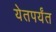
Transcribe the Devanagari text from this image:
येतपर्यंत